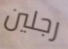
رجلين